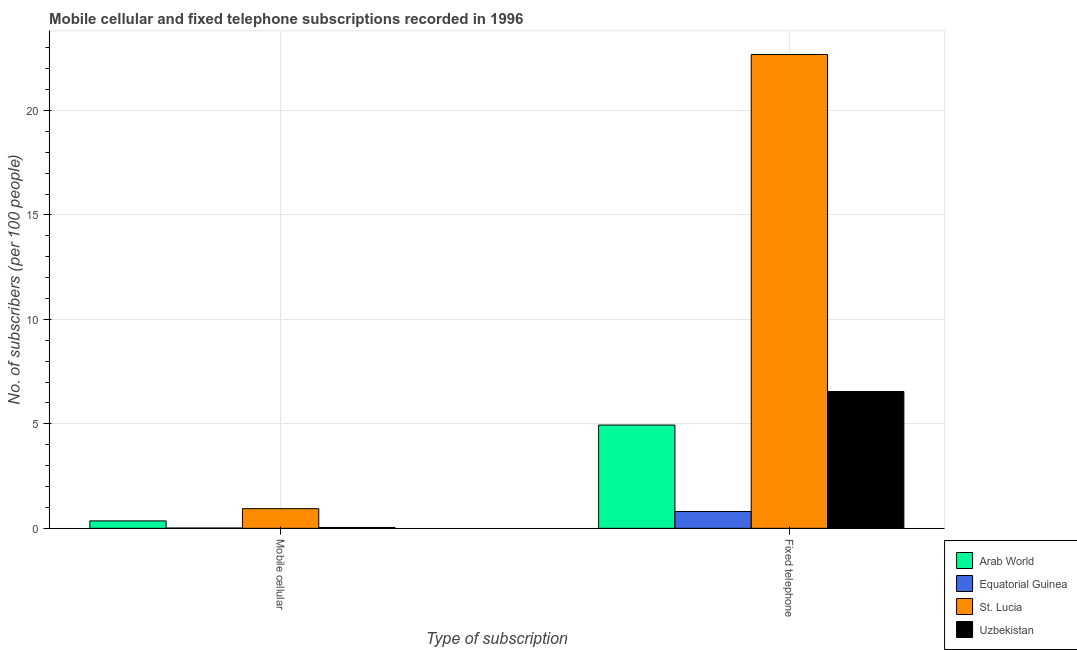
| Type of subscription | Arab World | Equatorial Guinea | St. Lucia | Uzbekistan |
 | --- | --- | --- | --- | --- |
 | Mobile cellular | 0.355 | 0.0134 | 0.94 | 0.0407 |
 | Fixed telephone | 4.94 | 0.804 | 22.7 | 6.55 |